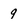
Character: 9